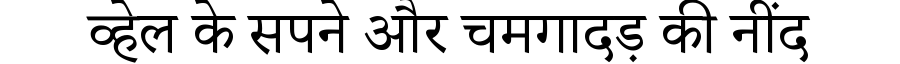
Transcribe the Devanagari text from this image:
व्हेल के सपने और चमगादड़ की नींद